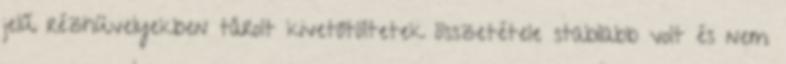
jelű rézhüvelyekben tárolt kivetőtöltetek összetétele stabilabb volt és nem